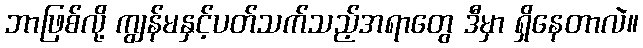
ဘာဖြစ်လို့ ကျွန်မနှင့်ပတ်သက်သည့်အရာတွေ ဒီမှာ ရှိနေတာလဲ။